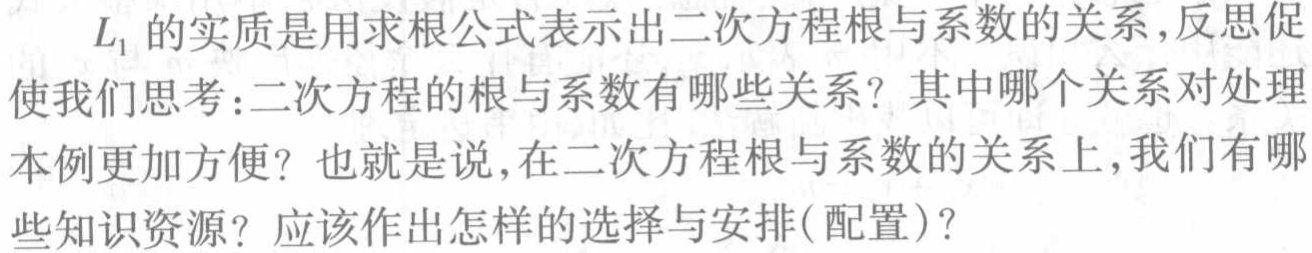
$L_{1}$的实质是用求根公式表示出二次方程根与系数的关系,反思促使我们思考:二次方程的根与系数有哪些关系? 其中哪个关系对处理本例更加方便? 也就是说,在二次方程根与系数的关系上,我们有哪些知识资源? 应该作出怎样的选择与安排(配置)?